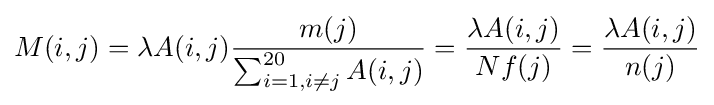
M(i,j)=\lambda A(i,j){\frac {m(j)}{\sum _{i=1,i\neq j}^{20}A(i,j)}}={\frac {\lambda A(i,j)}{Nf(j)}}={\frac {\lambda A(i,j)}{n(j)}}